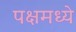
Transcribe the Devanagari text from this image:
पक्षमध्ये